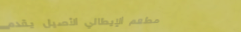
مطعم الإيطالي الأصيل يقدم